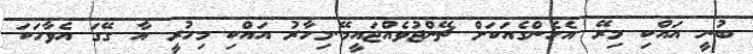
ބުނީ އައްކި މިރޭ އެހެންގެއަކަށް ޗޭންޖުވެއްޖައީމޭ.މިހާރު އައްކި މިހުރީ އާ ގޭގަ އެވާހަކަ